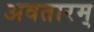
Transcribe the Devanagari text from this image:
अवतारम्